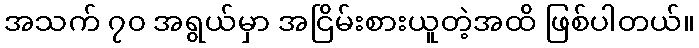
အသက် ၇၀ အရွယ်မှာ အငြိမ်းစားယူတဲ့အထိ ဖြစ်ပါတယ်။